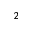
^ 2